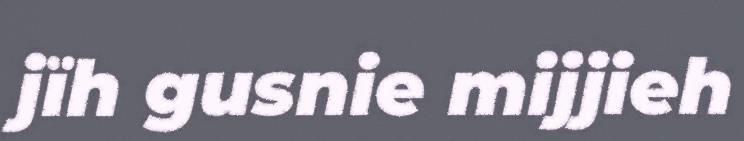
jïh gusnie mijjieh